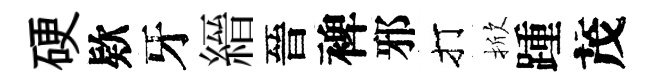
硬欵牙縉晉裨邪打掀踵茂